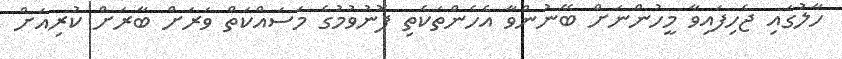
ހާލުގައި ޖެހިފައިވާ މީހުންނަށް ބޭނުންވާ އެހެންތަކެތި ފޮނުވުމުގެ މަސައްކަތް ވަރަށް ބާރަށް ކުރިއަށް